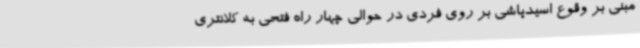
مبنی بر وقوع اسیدپاشی بر روی فردی در حوالی چهار راه فتحی به کلانتری